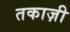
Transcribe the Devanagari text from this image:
तकाज़ी